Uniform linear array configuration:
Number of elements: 64
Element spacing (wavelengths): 0.75
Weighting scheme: binomial
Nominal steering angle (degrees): -30
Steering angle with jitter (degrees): -29.086
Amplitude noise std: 0.05
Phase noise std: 0.05

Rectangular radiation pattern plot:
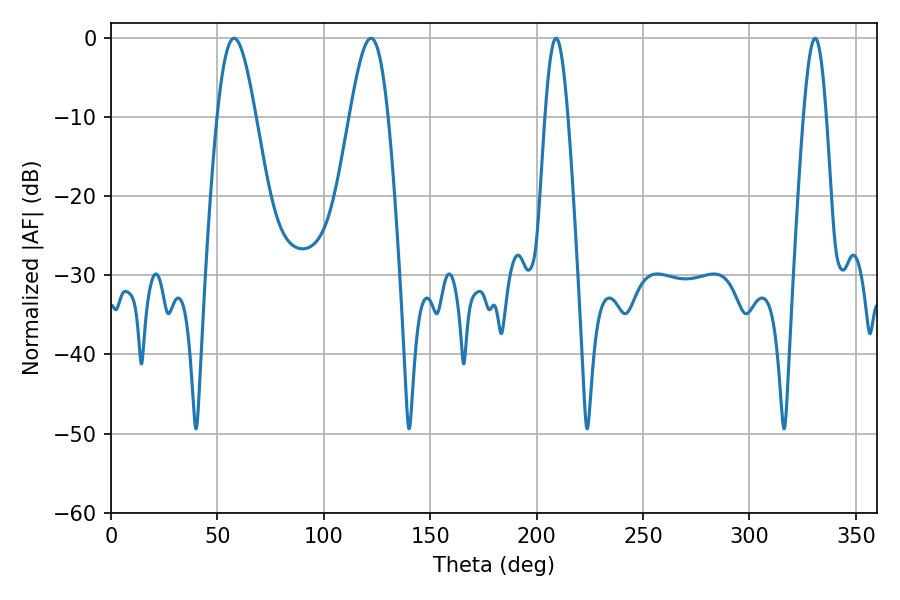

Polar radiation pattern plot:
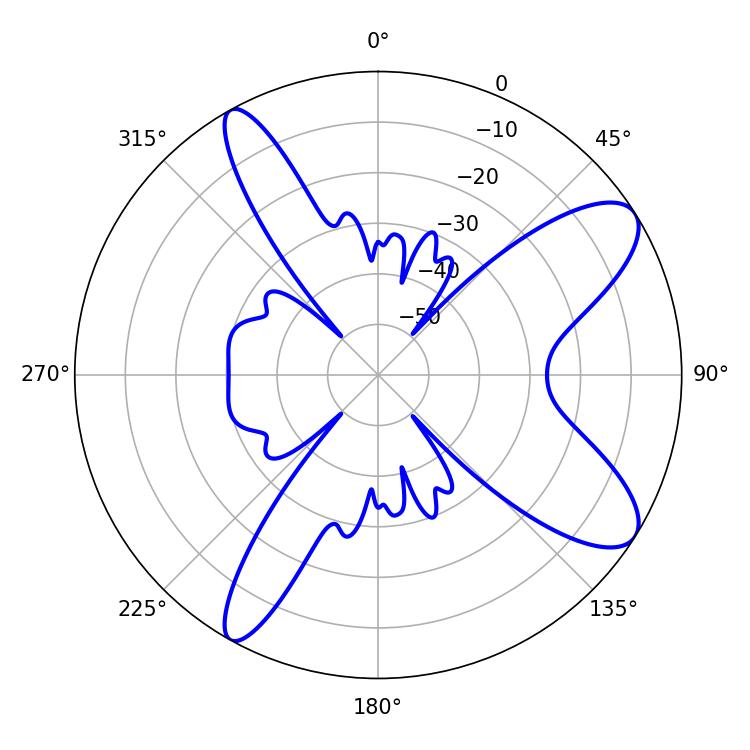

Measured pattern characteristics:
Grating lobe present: TRUE
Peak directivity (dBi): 9.812
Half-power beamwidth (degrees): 5.76
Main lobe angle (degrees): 330.84